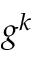
g ^ { k }